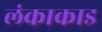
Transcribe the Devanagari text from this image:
लंकाकाड